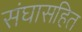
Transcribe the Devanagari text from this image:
संघासहित